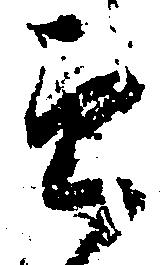
郎